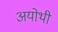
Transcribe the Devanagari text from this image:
अयोथी